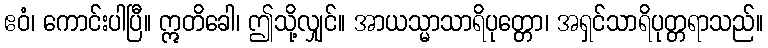
ဧဝံ၊ ကောင်းပါပြီ။ ဣတိခေါ၊ ဤသို့လျှင်။ အာယသ္မာသာရိပုတ္တော၊ အရှင်သာရိပုတ္တရာသည်။